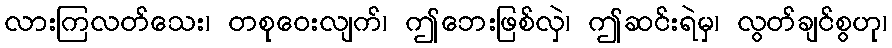
လားကြလတ်သေး၊ တစုဝေးလျက်၊ ဤဘေးဖြစ်လှဲ၊ ဤဆင်းရဲမှ၊ လွတ်ချင်စွဟု၊